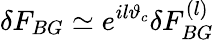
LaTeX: \delta F_{BG}\simeq e^{il\vartheta_{c}}\delta F_{BG}^{(l)}